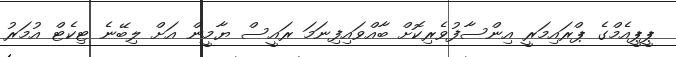
ޕީޕީއެމްގެ ޕްރައިމަރީ އިންސާފުވެރިކޮށް ބާއްވައިފިނަމަ ރައީސް ޔާމީން އަށް ލިބޭނެ ޓިކެޓް އުމަރު